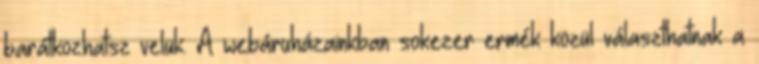
barátkozhatsz velük. A webáruházainkban sokezer ermék közül választhatnak a